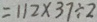
= 1 1 2 \times 3 7 \div 2